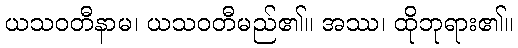
ယသဝတီနာမ၊ ယသဝတီမည်၏။ အဿ၊ ထိုဘုရား၏။